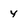
Character: y